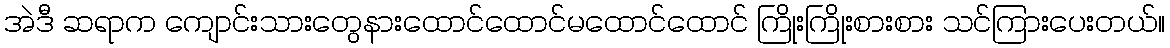
အဲဒီ ဆရာက ကျောင်းသားတွေနားထောင်ထောင်မထောင်ထောင် ကြိုးကြိုးစားစား သင်ကြားပေးတယ်။